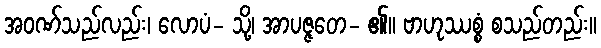
အဝဏ်သည်လည်း၊ လောပံ- သို့၊ အာပဇ္ဇတေ- ၏။ ဗာဟုဿစ္စံ စသည်တည်း။